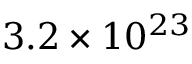
3 . 2 \times 1 0 ^ { 2 3 }